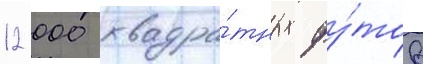
12 000 квадра́тных фу́тов